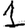
Digit: 1